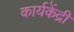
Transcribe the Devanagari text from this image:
कार्यकेंद्री